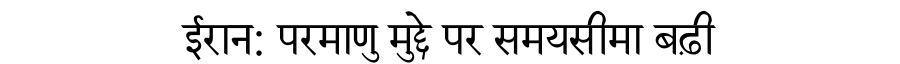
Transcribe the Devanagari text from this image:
ईरान: परमाणु मुद्दे पर समयसीमा बढ़ी